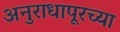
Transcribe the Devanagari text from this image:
अनुराधापूरच्या